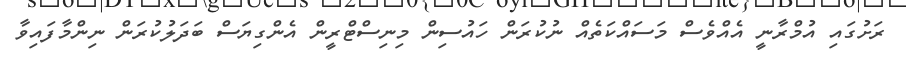
ރަށުގައި އުމްރާނީ އެއްވެސް މަސައްކަތެއް ނުކުރަން ހައުސިން މިނިސްޓްރީން އެންގިޔަސް ބަދަލުކުރަން ނިންމާފައިވާ